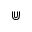
\Cup